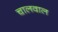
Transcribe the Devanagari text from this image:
चालवाल